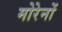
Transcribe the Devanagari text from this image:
मोरेनों